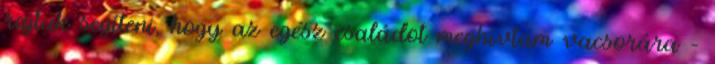
rajtuk segíteni, hogy az egész családot meghívtam vacsorára –